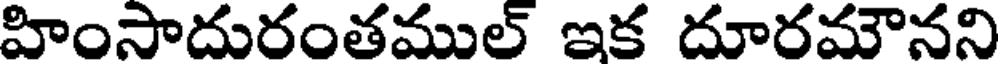
హింసాదురంతముల్ ఇక దూరమౌనని